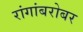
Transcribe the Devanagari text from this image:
रांगांबरोबर